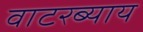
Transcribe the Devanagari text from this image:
वाटरब्याय